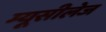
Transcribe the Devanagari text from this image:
म्यूसीलेज